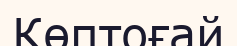
Көптоғай